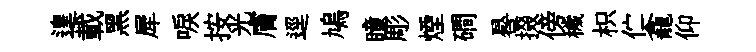
遑載黑犀唳按光膚逕鳩瞳彫煙磵晷掇傍穢枳伫龕仰